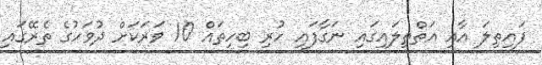
ފައިތިލަ އާއި އަތްތިލައިގައި ނަގާފައި ހުރި ބިހިތައް 10 ވަރަކަށް ދުވަހުގެ ތެރޭގައި